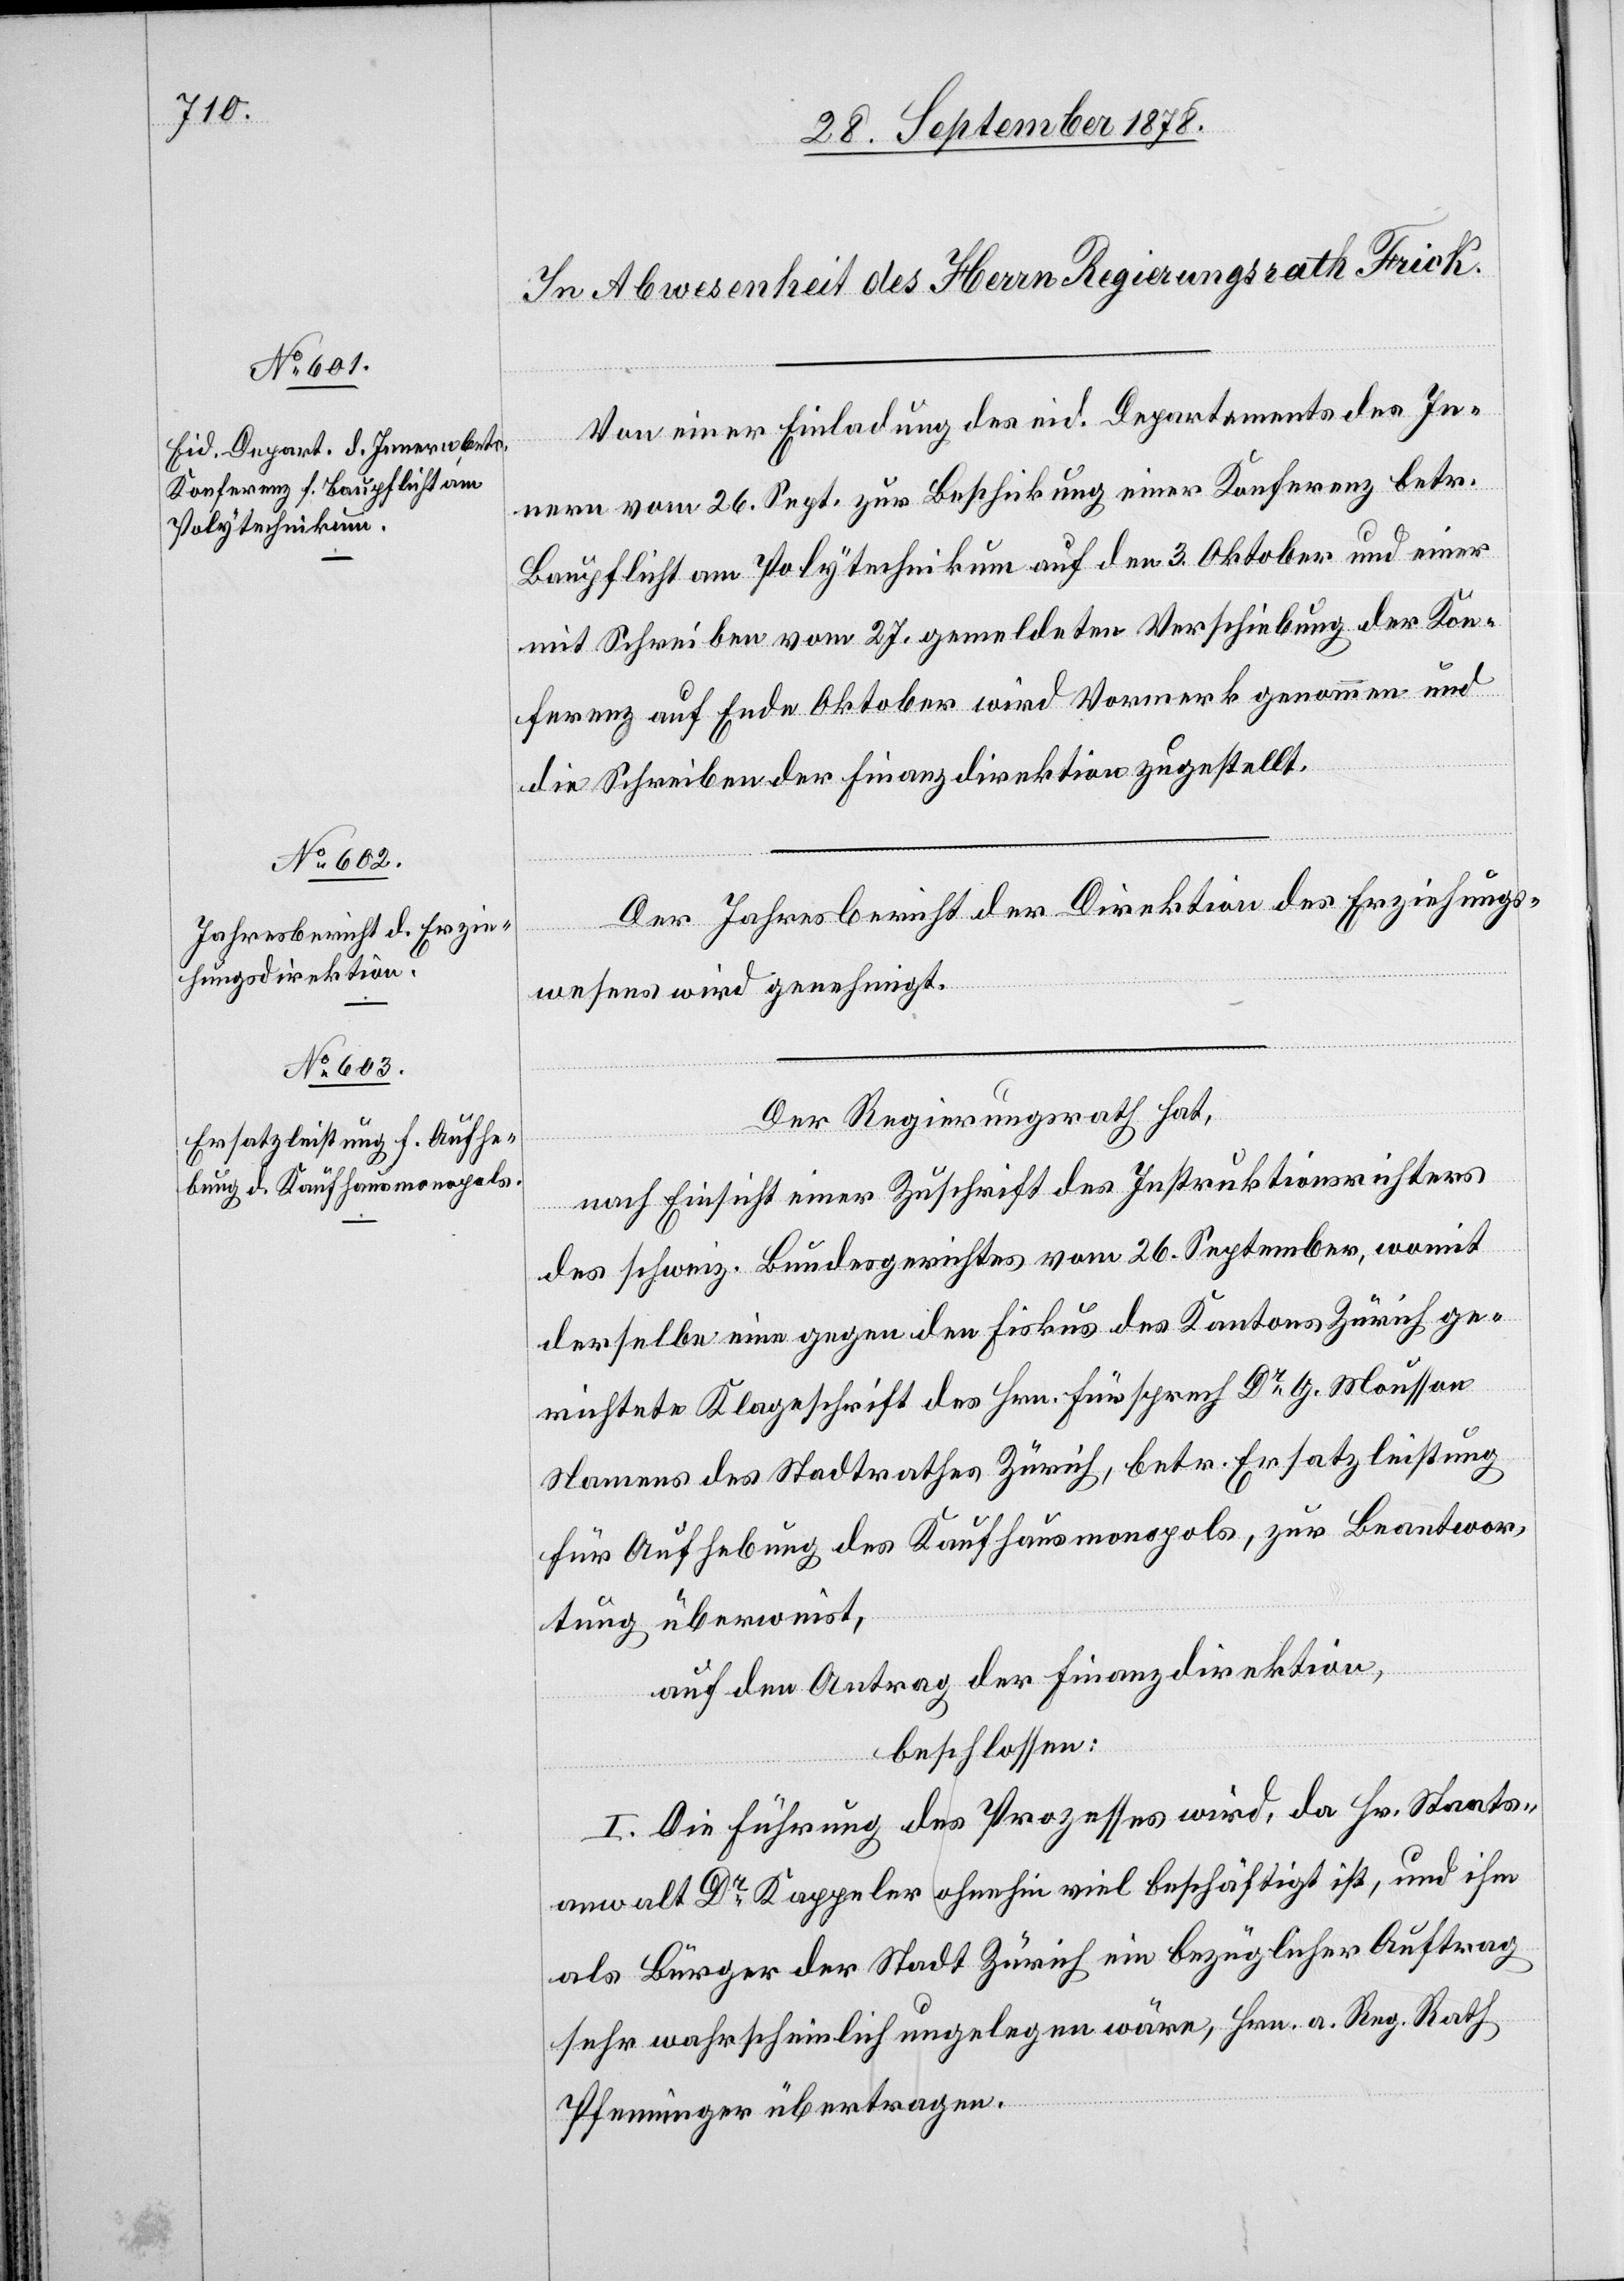
Von einer Einladung des eid. Departements des In¬
nern vom 26. Sept. zur Beschickung einer Konferenz betr.
Baupflicht am Polytechnikum auf den 3. Oktober und einer
mit Schreiben vom 27. gemeldeten Verschiebung der Kon¬
ferenz auf Ende Oktober wird Vormerk genommen und
die Schreiben der Finanzdirektion zugestellt.
Der Jahresbericht der Direktion des Erziehungs¬
wesens wird genehmigt.
Der Regierungsrath hat,
nach Einsicht einer Zuschrift des Instruktionsrichters
des schweiz. Bundesgerichtes vom 26. September, womit
derselbe eine gegen den Fiskus des Kantons Zürich ge¬
richtete Klageschrift des Hrn. Fürsprech Dr G. Mousson
Namens des Stadtrathes Zürich, betr. Ersatzleistung
für Aufhebung des Kaufhausmonopols, zur Beantwor¬
tung überweist,
auf den Antrag der Finanzdirektion,
beschlossen:
I. Die Führung des Prozesses wird, da Hr. Staats¬
anwalt Dr Kappeler ohnehin viel beschäftigt ist, und ihm
als Bürger der Stadt Zürich ein bezüglicher Auftrag
sehr wahrscheinlich ungelegen wäre, Hrn. a. Reg. Rath
Pfenninger übertragen.